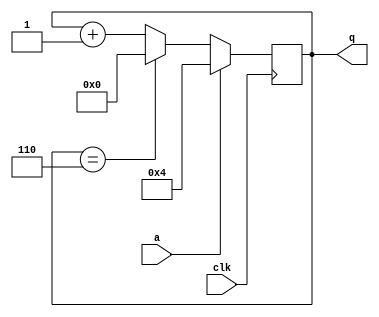
module top_module (
    input clk,
    input a,
    output [3:0] q );

    always @(posedge clk) begin
        if(a == 1'b1)
        begin
            q <= 4'd4;
        end
        else if (q == 4'd6)
        begin
            q <= 4'd0;
        end
        else 
        begin
            q <= q + 1'b1;
        end
    end

endmodule